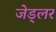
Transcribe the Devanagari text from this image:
जेड्लर